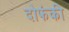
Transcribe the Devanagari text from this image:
दोफंकी